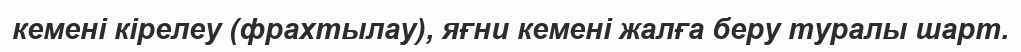
кемені кірелеу (фрахтылау), яғни кемені жалға беру туралы шарт.